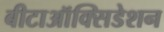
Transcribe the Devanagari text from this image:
बीटाऑक्सिडेशन